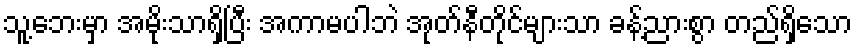
သူ့ဘေးမှာ အမိုးသာရှိပြီး အကာမပါဘဲ အုတ်နီတိုင်များသာ ခန့်ညားစွာ တည်ရှိသော